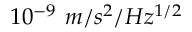
1 0 ^ { - 9 } \ m / s ^ { 2 } / H z ^ { 1 / 2 }